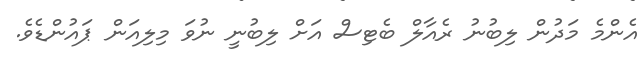
އެންމެ މަދުން ލިބުނު ރެއާލް ބެޓިސް އަށް ލިބުނީ ނުވަ މިލިއަން ޕައުންޑެވެ.